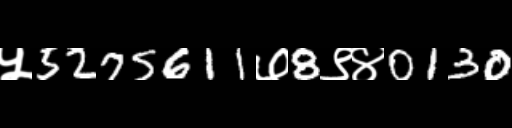
Text: ५5275611७8९४0130